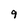
Character: 9